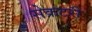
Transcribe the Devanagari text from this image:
सेेक्रटरी